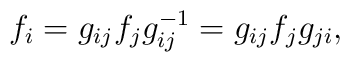
f_i=g_{ij}f_jg_{ij}^{-1}=g_{ij}f_jg_{ji},